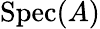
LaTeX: \operatorname{Spec}(A)